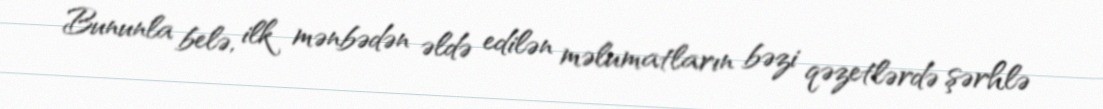
Bununla belə, ilk mənbədən əldə edilən məlumatların bəzi qəzetlərdə şərhlə